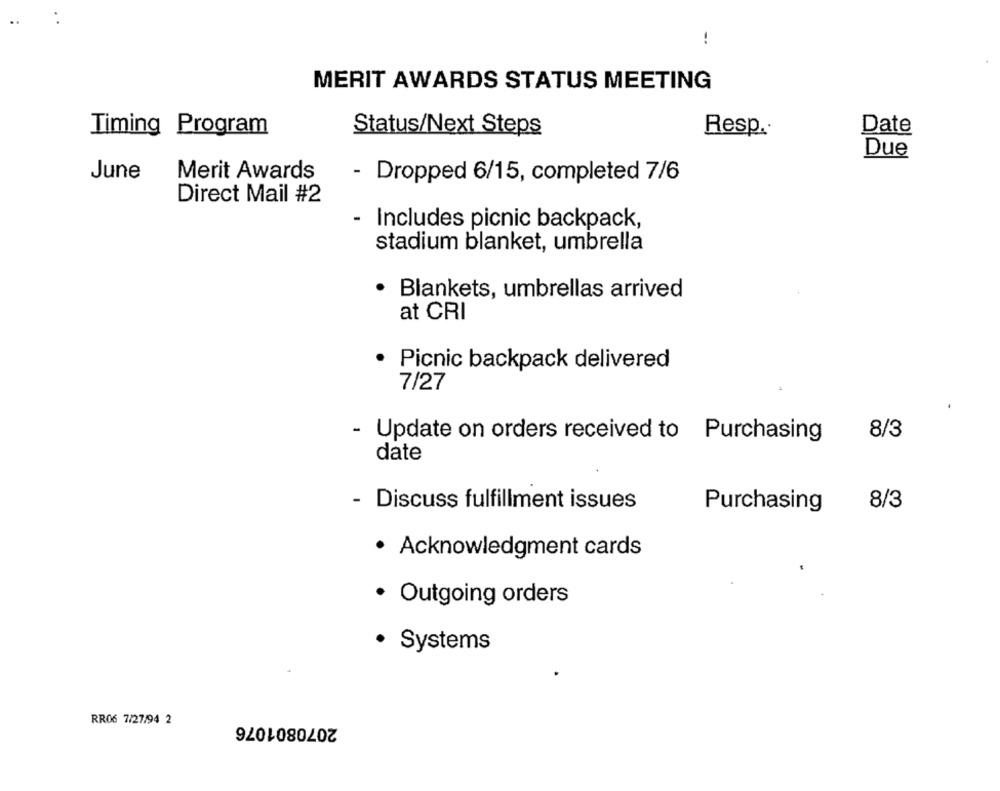
-.
MERIT AWARDS STATUS MEETING
Timing Program
Status/Next Steps
Resp ..
Date
Due
Merit Awards
June
- Dropped 6/15, completed 7/6
Direct Mail #2
Includes picnic backpack,
stadium blanket, umbrella
· Blankets, umbrellas arrived
at CRI
Picnic backpack delivered
7/27
8/3
- Update on orders received to Purchasing
date
- Discuss fulfillment issues
8/3
Purchasing
· Acknowledgment cards
· Outgoing orders
· Systems
RR06 7/27/94 2
2070801076